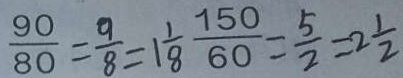
\frac { 9 0 } { 8 0 } = \frac { 9 } { 8 } = 1 \frac { 1 } { 8 } \frac { 1 5 0 } { 6 0 } = \frac { 5 } { 2 } = 2 \frac { 1 } { 2 }